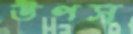
উপস্